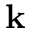
\mathbf { k }